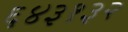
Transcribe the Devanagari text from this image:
६४३१३२